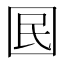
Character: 囻